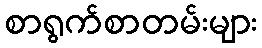
စာရွက်စာတမ်းများ